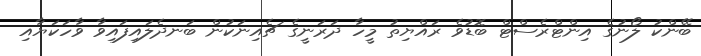
ބޭންކު ލޯނުގެ އިންޓްރެސްޓް ބޮޑުވެ ރައްޔިތު މީހާ ދަރަނީގެ ޗެއިނަކުން ބަނދެލައިފައިވާ ވާހަކަޔާއި